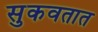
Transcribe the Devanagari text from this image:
सुकवतात